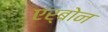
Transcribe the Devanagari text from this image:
एर्बोन